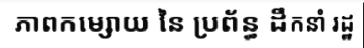
ភាពកម្សោយ នៃ ប្រព័ន្ធ ដឹកនាំ រដ្ឋ